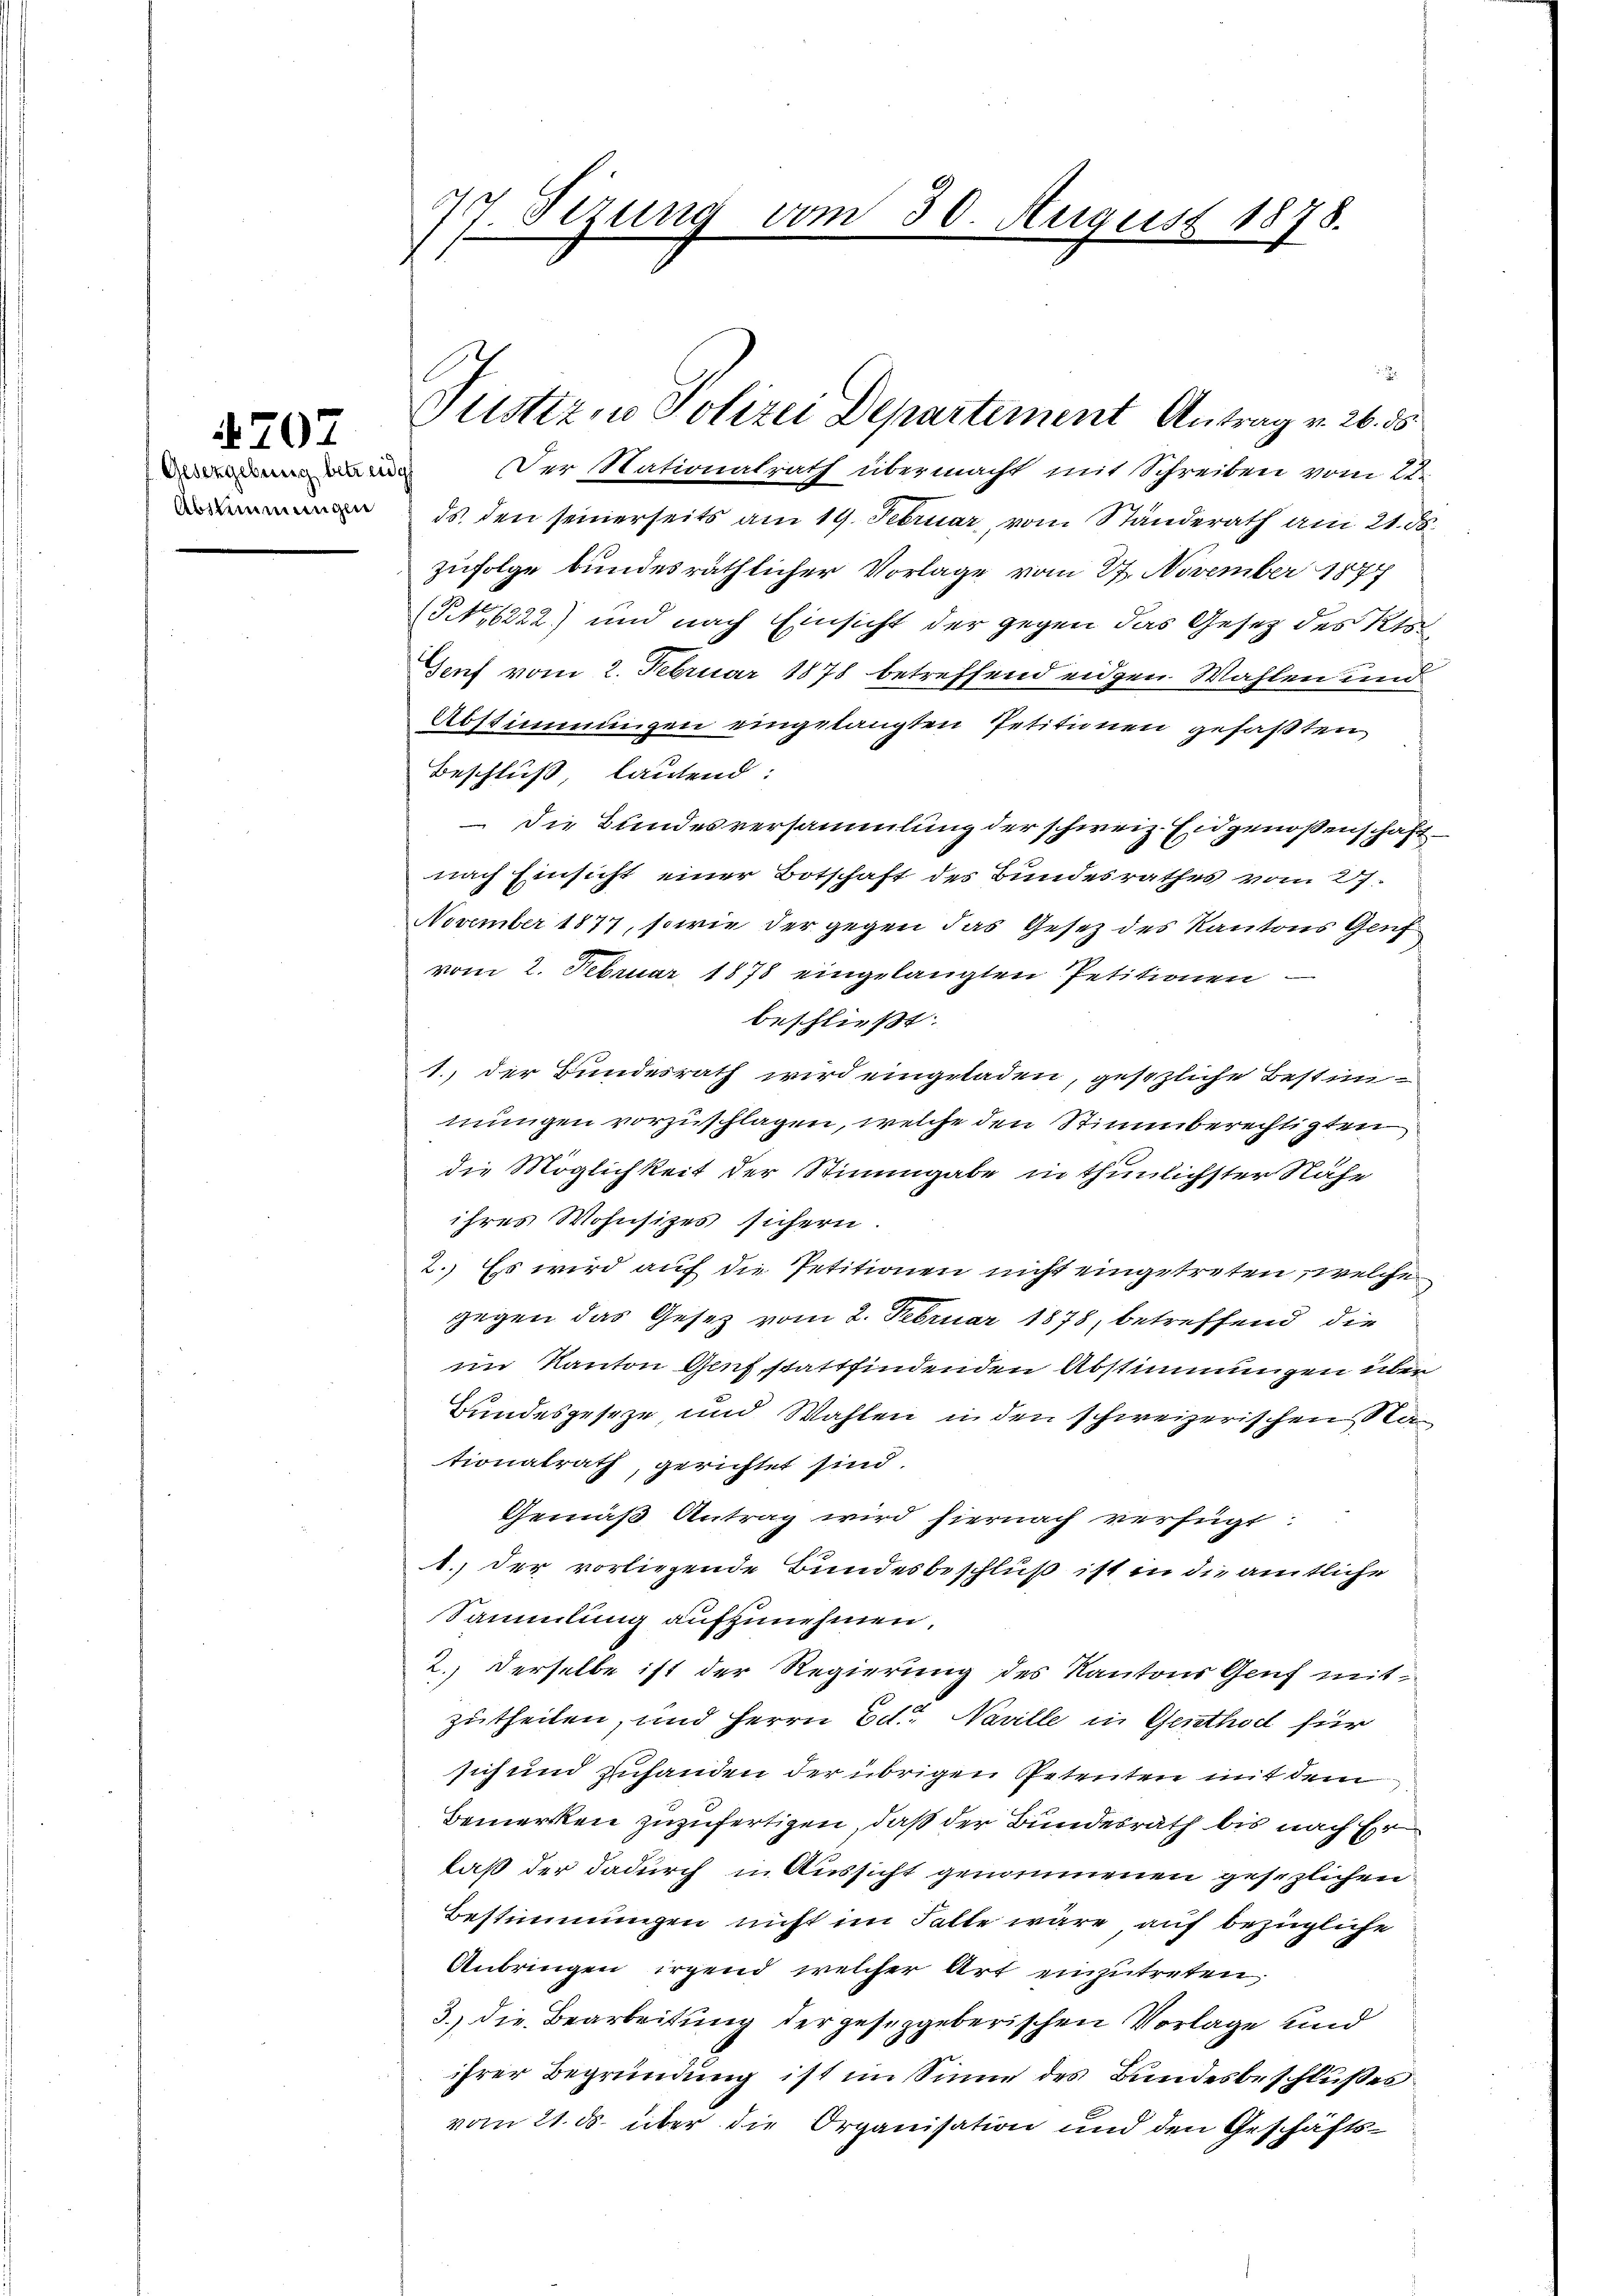
707

77. Sizung von

Der Nationalrath übermacht mit Schreiben vom 22.
 ds. den seinerseits am 19. Februar, vom Ständerath am 21. d.
zufolge bundesräthlicher Vorlage vom 27. November 1874
N,6222) und nach Einsicht der gegen das Gesetz des Kts.
Senf vom 2. Februar 1878 betreffend eidgen Wahlen und
Abstimmungen eingelangten Petitionen gefaßten
Beschluß, lautend:
 die Bundesversammlung der schweiz. Eidgenossenschaftnach Einsicht einer Botschaft des Bundesrathes vom 27.
November 1877, sowie der gegen das Gesetz des Kantons Genf
vom 2. Februar 1878 eingelangten Petitionen
beschließt:
1., der Bundesrath wird eingeladen, gesezliche Bestimmungen vorzuschlagen, welche den Stimmberechtigten
die Möglichkeit der Stimmgabe in thunlichster Nähe
ihrer Wohnsitzes sichern
2. Es wird auf die Petitionen nicht eingetreten, welche
gegen das Gesetz vom 2. Februar 1878, betreffend die
im Kanton Genf stattfindenden Abstimmungen über
Bundesgeseze, und Wahlen in den schweizerischen Nationalrath, gerichtet sind.
Gemäß Antrag wird hiernach verfügt:
1. der vorliegende Bundesbeschluß ist in die amtliche
Sammlung aufzunehmen.
2. Derselbe ist der Regierung des Kantons Genf mit
zutheilen, und Herrn Ed. Naville in Genthod für
sich und zuhanden der übrigen Petenten mit dem
Bemerken zuzufertigen, daß der Bundesrath bis nach Erlaß der dadurch in Aussicht genommenen gesezlichen
Bestimmungen nicht im Falle wäre auf bezügliche
Anbringen irgend welcher Art einzutreten,
3.) Die Bearbeitung der gesetzgeberischen Vorlage und
ihrer Begründung ist im Sinne des Bundesbeschlußes
vom 21. ds. über die Organisation und den Geschäfts¬

30. August 1878.

Justiz in Polizei Departement Antrag v. 26. ds